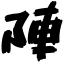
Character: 陣